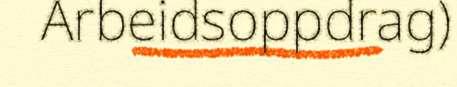
Arbeidsoppdrag)